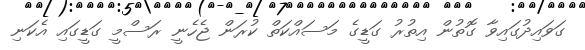
ގަވައިދުގައިވާ ގޮތުން އިތުރު ގަޑީގެ މަސައްކަތް ކުރަން ޖެހެނީ ރަސްމީ ގަޑީގައި އެކަނި